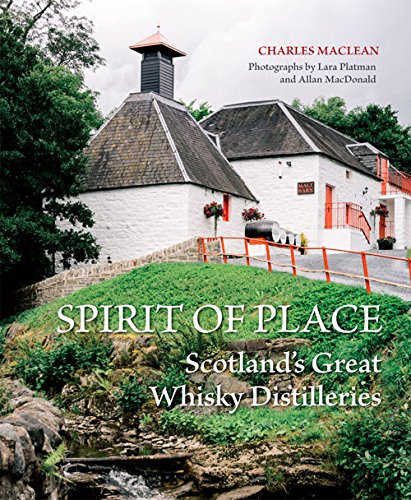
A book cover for Spirit of Place: Scotland's Great Whisky Distilleries; Charles MacLean; Travel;